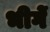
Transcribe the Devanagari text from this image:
भीगें